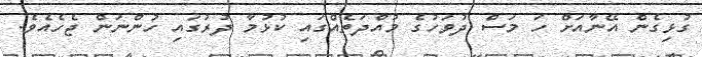
ގުޅިގެން އޭނާއަށް ހަ މަސް ދުވަހުގެ މުއްދަތެއްގައި ކުޅުމާ ދުރުގައި ހުންނަން ޖެހެއެވެ.